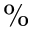
\%